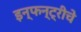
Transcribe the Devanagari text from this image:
इन्फन्ट्रीचे